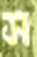
স